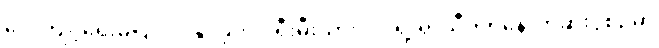
လေ့ကျင့်ရေးမပြုလုပ်နိုင်ခဲ့ဘဲ ပရီးမီးယားလိဂ်ရဲ့ ရာသီပိတ်နောက်ဆုံးပွဲစဉ်မှာ